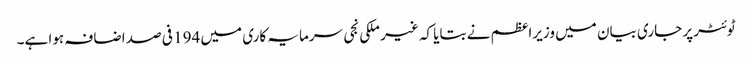
ٹوئٹر پر جاری بیان میں وزیراعظم نے بتایا کہ غیر ملکی نجی سرمایہ کاری میں 194 فی صد اضافہ ہوا ہے۔